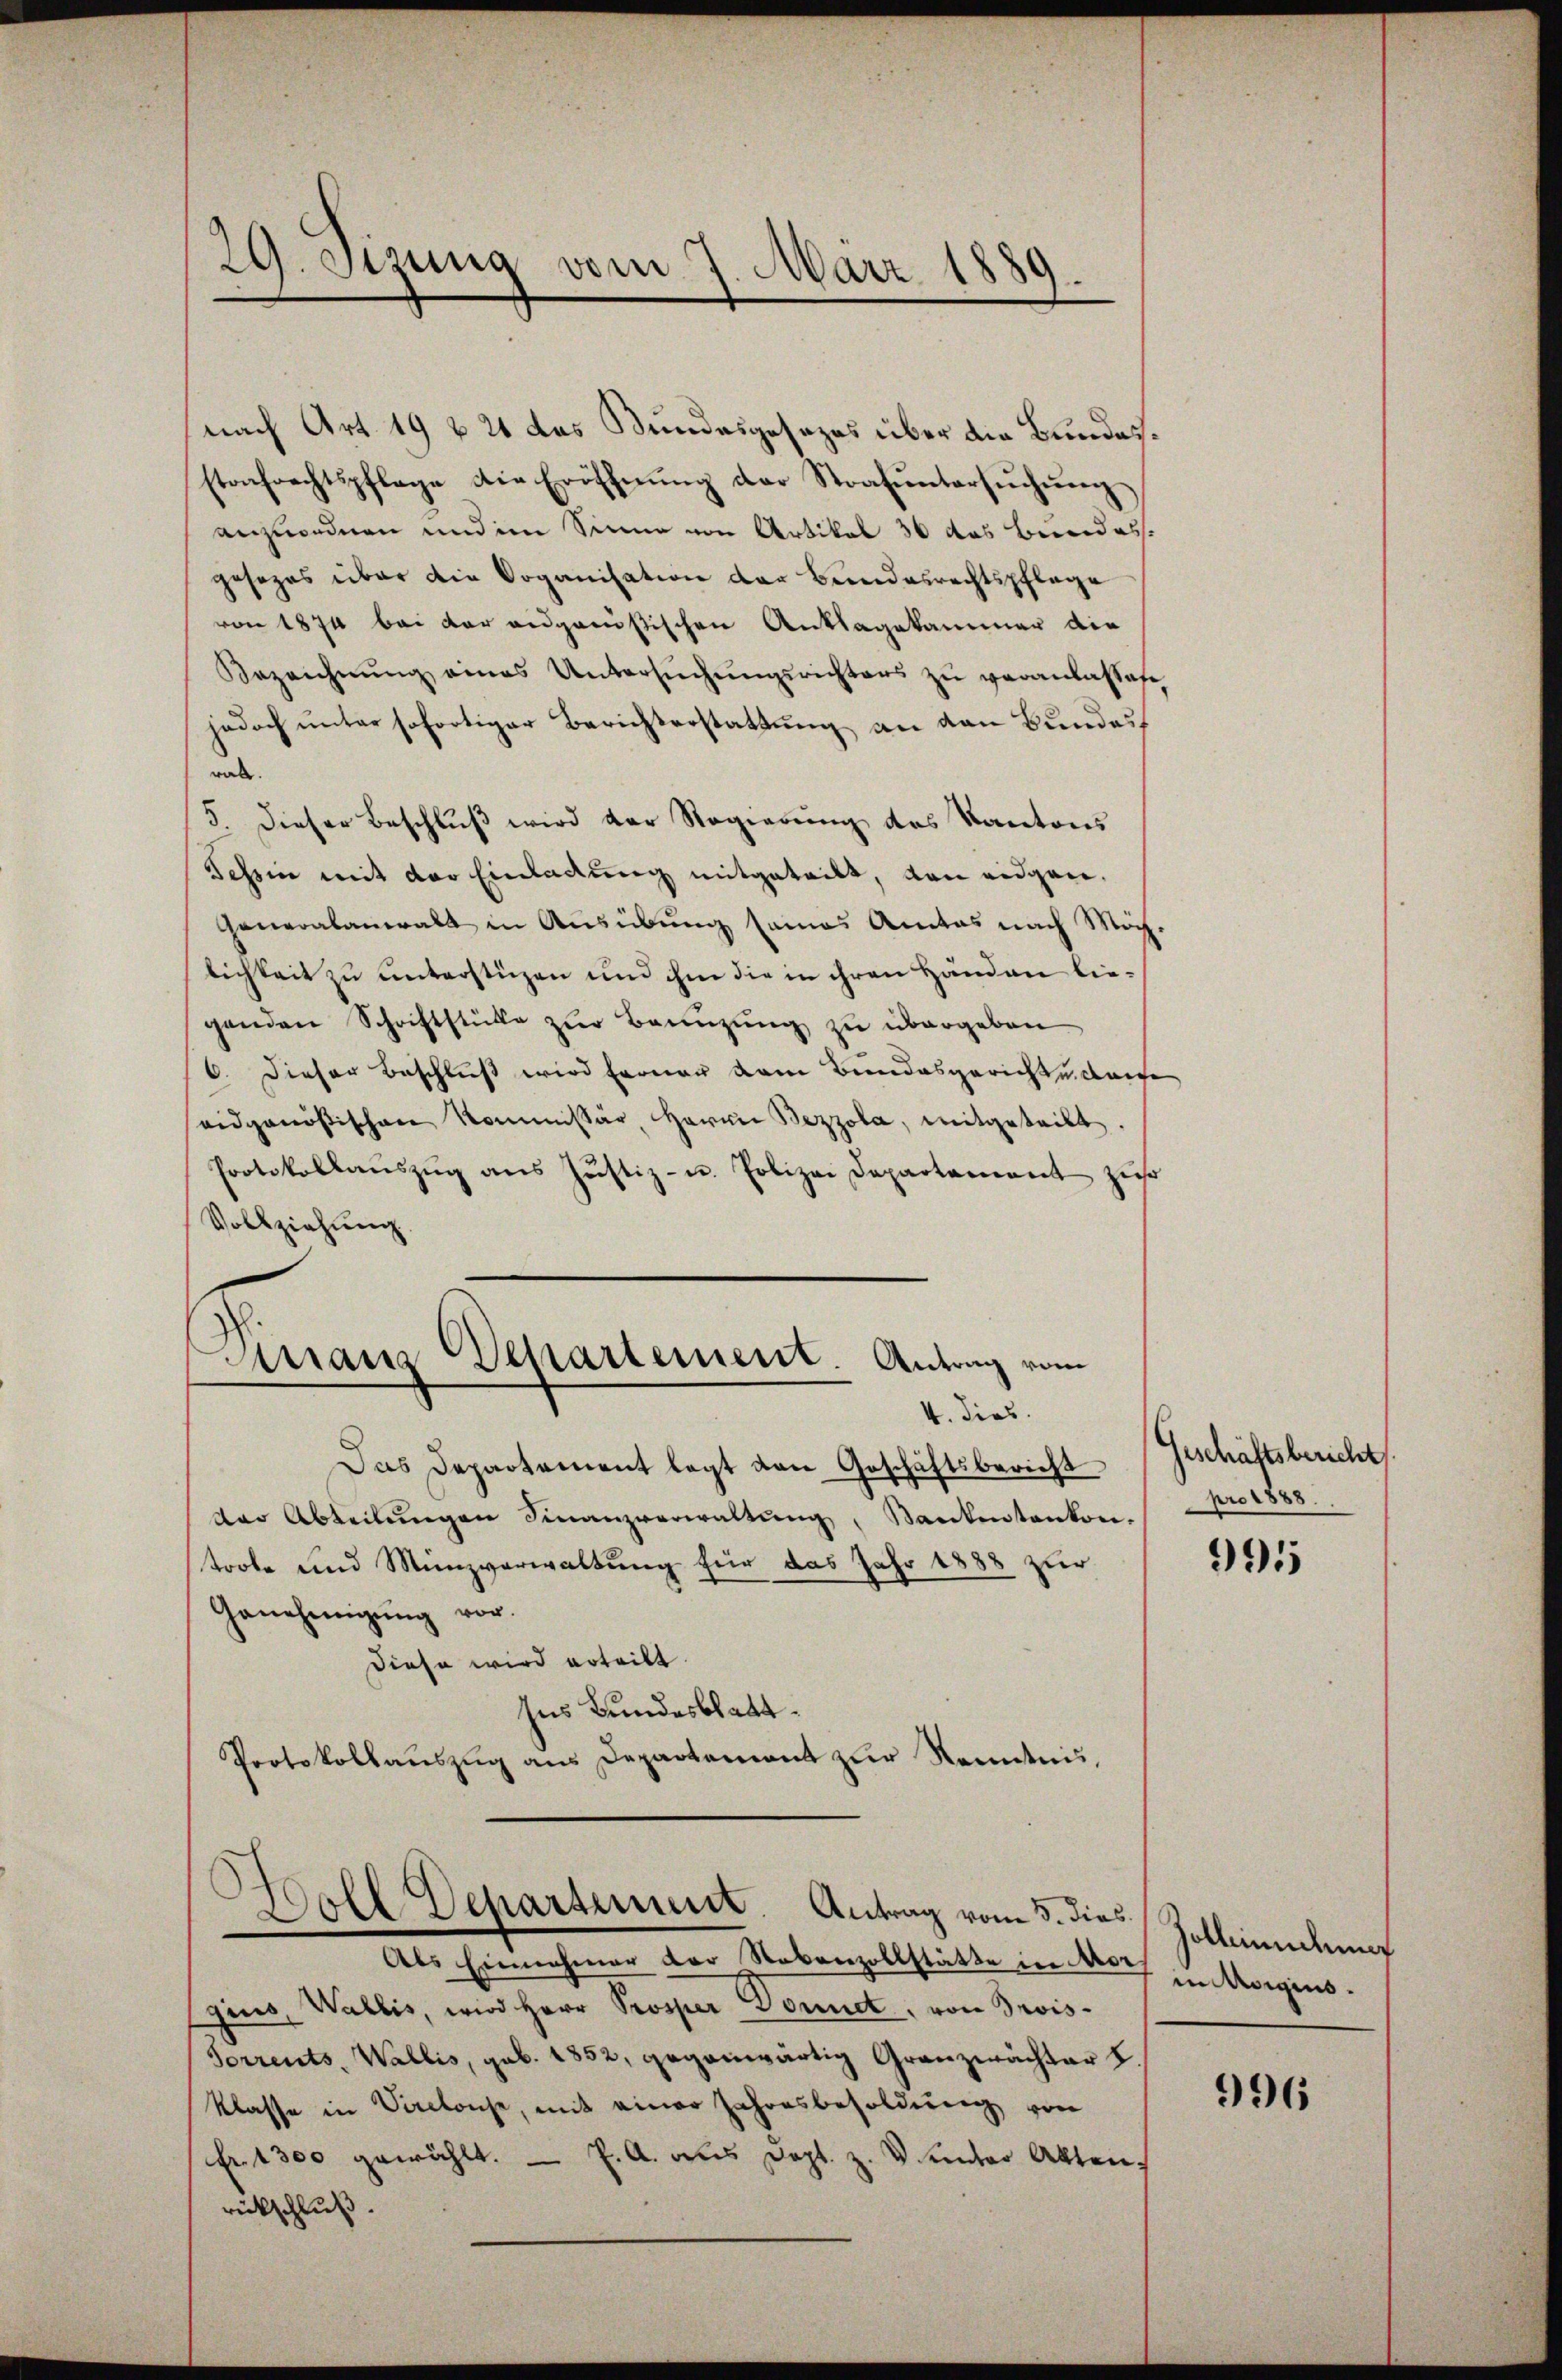
29. Sitzung vom 7. März 1889.

nach Art. 19 f 21 das Bundesgesezes über die Bundesstrafrechtspflege die Eröffnung der Strafuntersuchung
anzuordnen und im Sinne von Artikel 30 das Beeides.
gesezes über die Doganisation der Bundesrechtspflege
von 1874 bei der eidgaeußischen Anklagekammer die
Bezeichnŭng eines Untersŭchŭngsrichters zŭ veranlassese
jedoch ŭnter sofortiger Berichterstattŭng an den Bŭndest
ral.
5. dieser Beschlŭβ wird der Regierŭng des Kantons
Tessin mit der Einladung mitgeteilt, von eidgen.
Generabanwalt in Ausübung seines Amtes nach Möchlichkeit zu unterstüzen und ihm die in ihren Händen liegenden Schriftstücke zur Benuzung zu übergeben
6. Dieser Beschluß wird ferner dem Bundesgerichten derse
eidgenößischen Kommissar, Herrn Bezzola, mitgeteilt.
Protokollauszug aus Justiz- u. Polizei Departement zur
Vollziehung.

Dirranz Departement. Antrag vom
4. dies

Das Departement legt von Geschäftsbericht
der Abteilŭngen Finanzverwaltŭng, Bankentankon.
trole und Münzverwaltung für das Jahr 1888 zur
Genehmigŭng vor.
Diese wird erteilt.
Ins Bundesblatt.
Protokollaŭszŭg ans Departement zur Kenntnis,
Woll Departement. Antrag vom 3. dies
Als Einnahmer der Nebenzollstätte in der unerginsgius, Wallis, wird Herr Prosper Donnet, von Prois-
Forrents Wallis, geb. 1852, gegenwärtig Granzwächter L.
klasse in Vaclouse, mit einer Jahresbesoldung von
Fr. 1300 gewählt. — P. A. aus Dopt. z. v. unter Akten,
rückschluß.

geschäftsbericht
pro 1888.

991

Zollinuchung

996